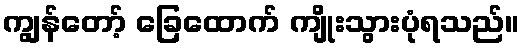
ကျွန်တော့် ခြေထောက် ကျိုးသွားပုံရသည်။